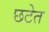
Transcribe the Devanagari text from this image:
छटेत